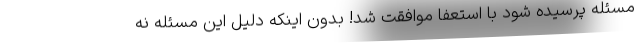
مسئله پرسیده شود با استعفا موافقت شد! بدون اینکه دلیل این مسئله نه